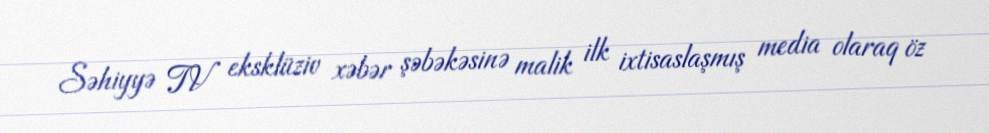
Səhiyyə TV eksklüziv xəbər şəbəkəsinə malik ilk ixtisaslaşmış media olaraq öz